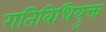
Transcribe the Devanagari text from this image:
गतिविधियुक्त